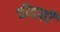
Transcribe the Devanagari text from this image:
चौदाही